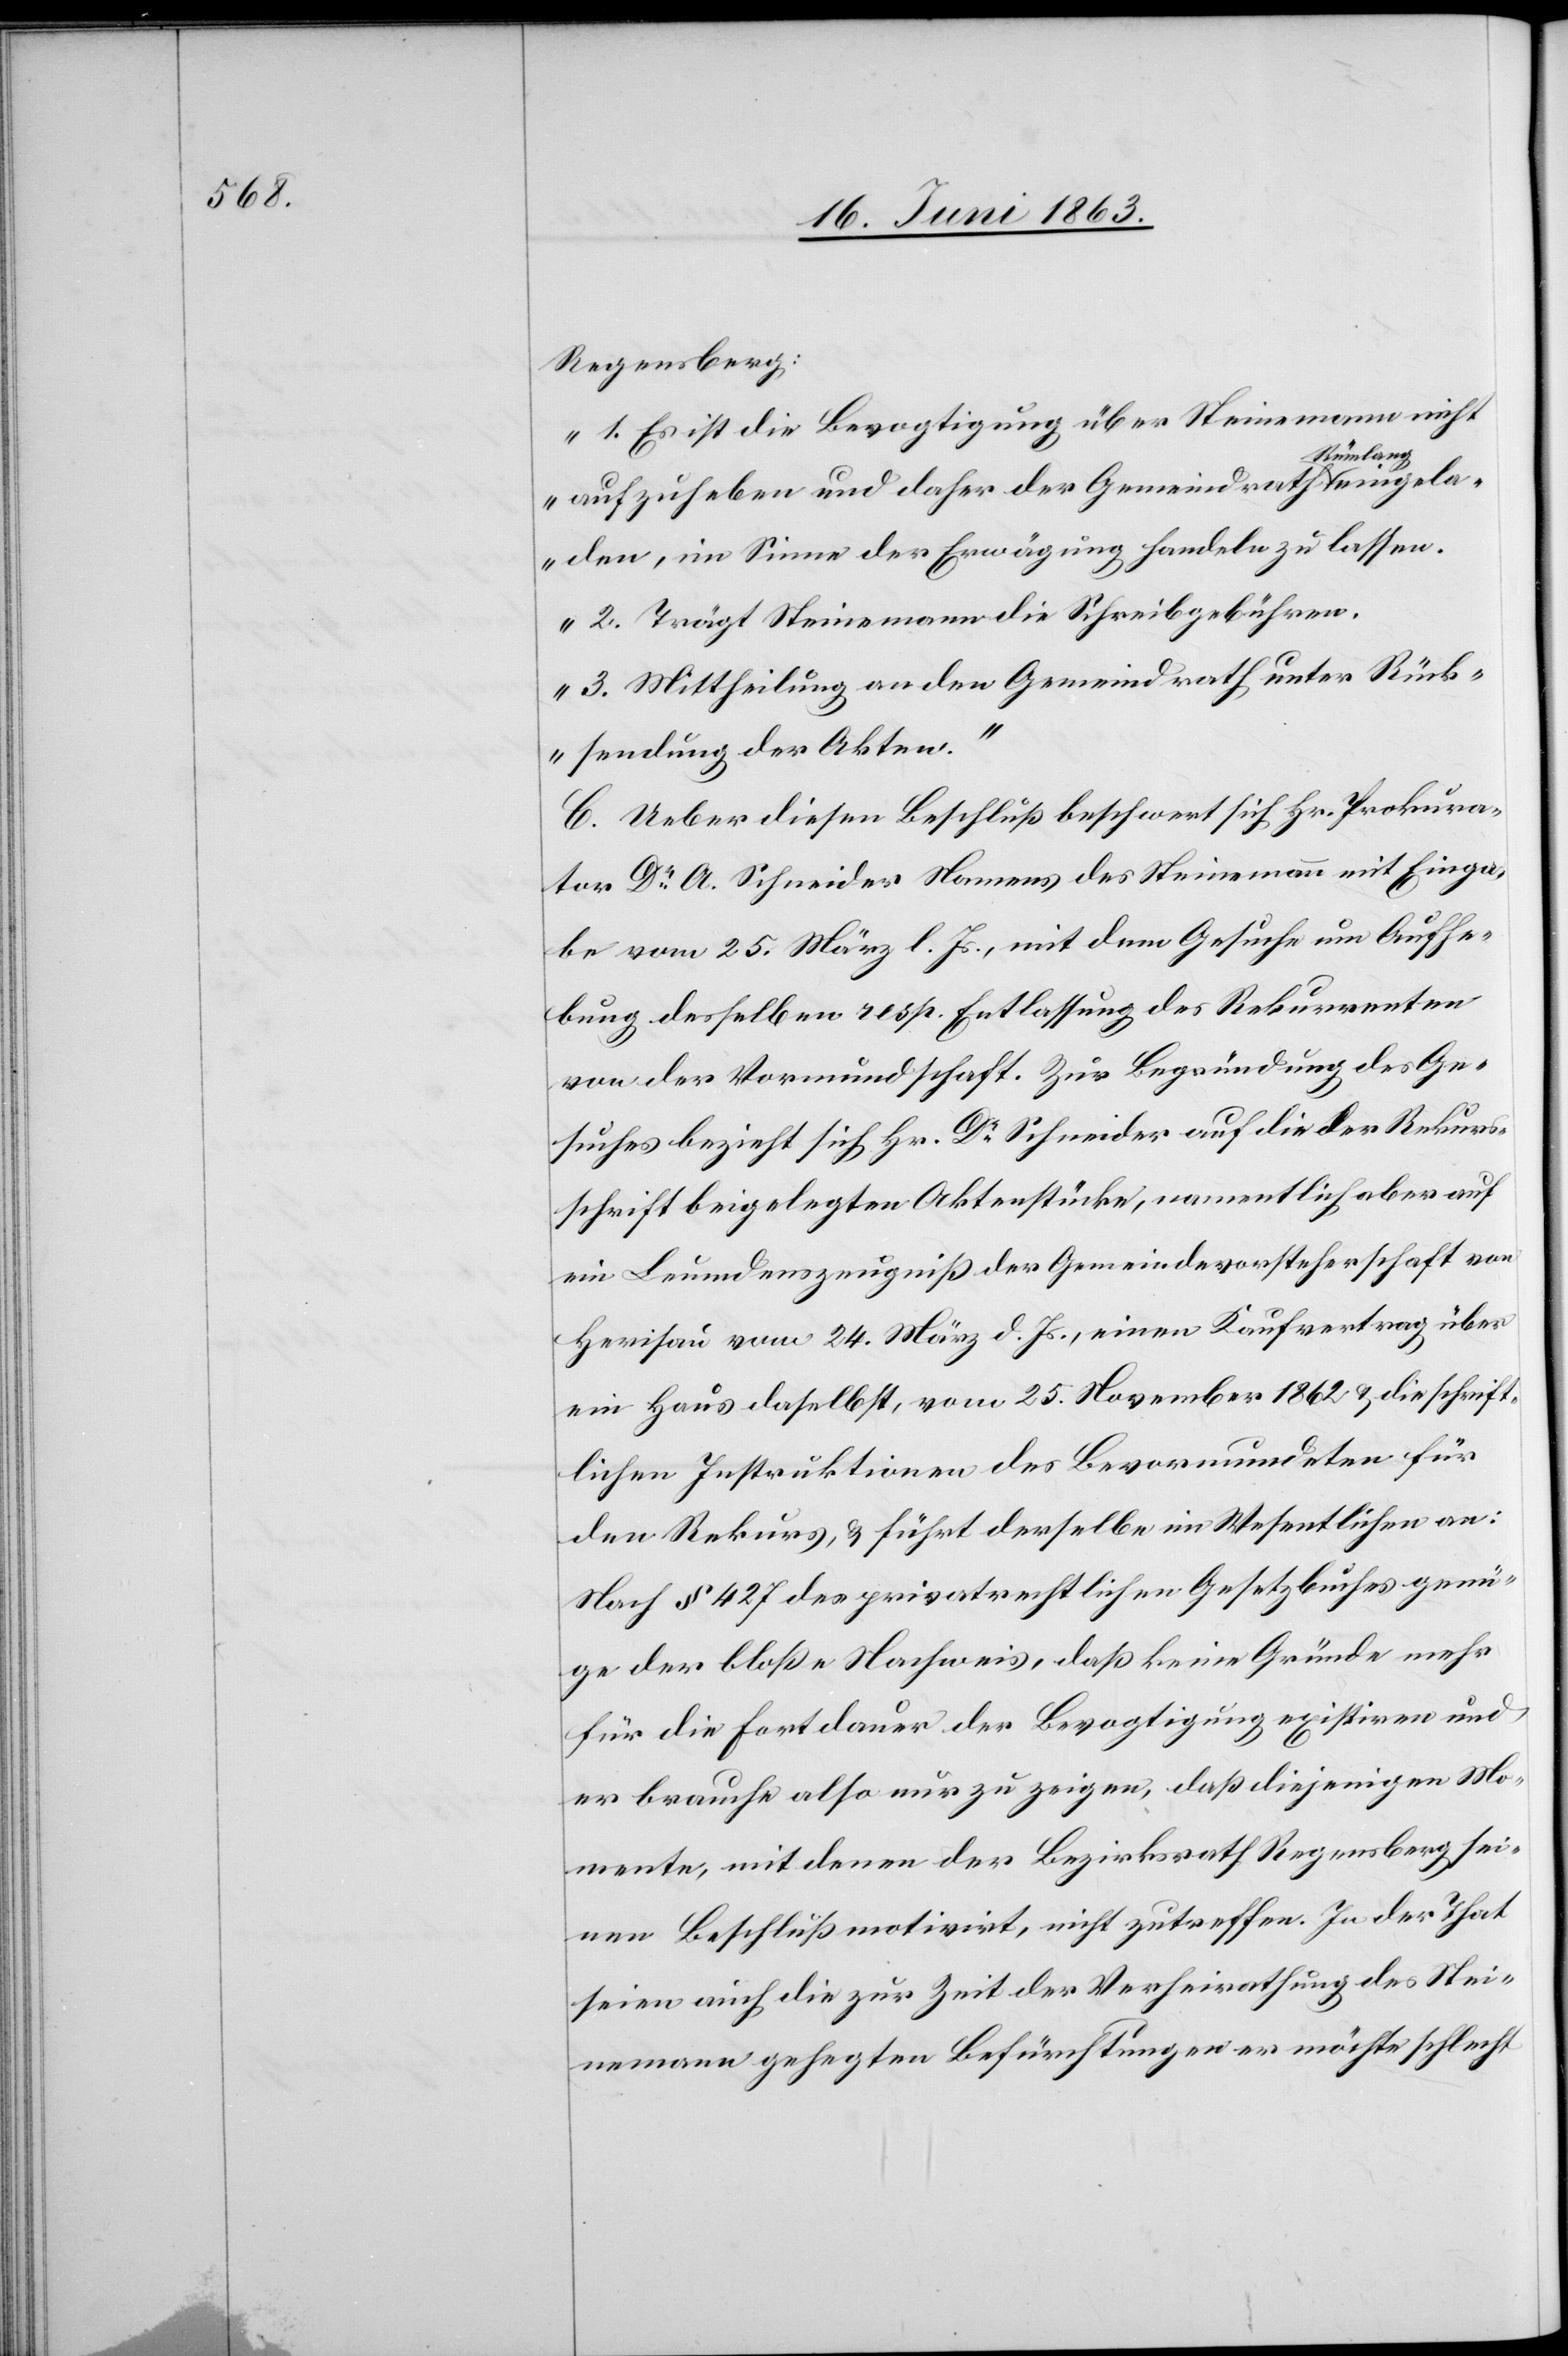
Regensberg:
„1. Es ist die Bevogtigung über Steinemann nicht
g eingel¬
aufzuheben und daher der Gemeindrath Rümlan¬
aden, im Sinne der Erwägung handeln zu lassen.
2. Trägt Steinemann die Schreibgebühren.
3. Mittheilung an den Gemeindrath unter Rück¬
sendung der Akten.“
C. Ueber diesen Beschluß beschwert sich Hr. Prokura¬
tor Dr A. Schneider Namens des Steinemann mit Einga¬
be vom 25. März l. Js., mit dem Gesuche um Aufhe¬
bung desselben resp. Entlassung des Rekurrenten
von der Vormundschaft. Zur Begründung des Ge¬
suches bezieht sich Hr. Dr Schneider auf die der Rekurs¬
schrift beigelegten Aktenstücke, namentlich aber auf
ein Leumdenszeugniß der Gemeindevorsteherschaft von
Herisau vom 24. März d. Js., einen Kaufvertrag über
ein Haus daselbst, vom 25. November 1862 & die schrift¬
lichen Instruktionen des Bevormundeten für
den Rekurs, & führt derselbe im Wesentlichen an:
Nach § 427 des privatrechtlichen Gesetzbuches genü¬
ge der bloße Nachweis, daß keine Gründe mehr
für die Fortdauer der Bevogtigung existiren und
er brauche also nur zu zeigen, daß diejenigen Mo¬
mente, mit denen der Bezirksrath Regensberg sei¬
nen Beschluß motivirt, nicht zutreffen. In der That
seien auch die zur Zeit der Verheirathung des Stei¬
nemann gehegten Befürchtungen er möchte schlecht